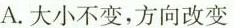
A.大小不变，方向改变